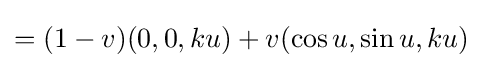
=(1-v)(0,0,ku)+v(\cos u,\sin u,ku)